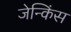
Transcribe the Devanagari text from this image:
जेन्किंस